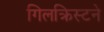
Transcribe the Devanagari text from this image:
गिलक्रिस्टने